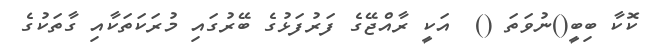
ކޮކާ ބިބީ()ނުވަތަ ()  އަކީ ރާއްޖޭގެ ފަރުފަޅުގެ ބޭރުގައި މުރަކަތަކާއި ގާތަކުގެ